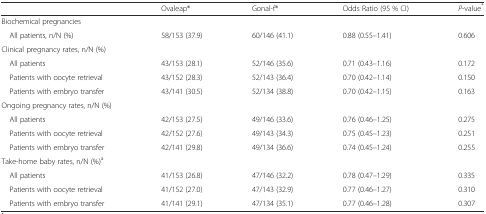
<table><thead><tr><td></td><td><b>Ovaleap®</b></td><td><b>Gonal-f®</b></td><td><b>Odds Ratio (95 % CI)</b></td><td><b><i>P</i>-value<sup>*</sup></b></td></tr></thead><tbody><tr><td>Biochemical pregnancies</td><td></td><td></td><td></td><td></td></tr><tr><td> All patients, n/N (%)</td><td>58/153 (37.9)</td><td>60/146 (41.1)</td><td>0.88 (0.55–1.41)</td><td>0.606</td></tr><tr><td>Clinical pregnancy rates, n/N (%)</td><td></td><td></td><td></td><td></td></tr><tr><td> All patients</td><td>43/153 (28.1)</td><td>52/146 (35.6)</td><td>0.71 (0.43–1.16)</td><td>0.172</td></tr><tr><td> Patients with oocyte retrieval</td><td>43/152 (28.3)</td><td>52/143 (36.4)</td><td>0.70 (0.42–1.14)</td><td>0.150</td></tr><tr><td> Patients with embryo transfer</td><td>43/141 (30.5)</td><td>52/134 (38.8)</td><td>0.70 (0.42–1.15)</td><td>0.163</td></tr><tr><td>Ongoing pregnancy rates, n/N (%)</td><td></td><td></td><td></td><td></td></tr><tr><td> All patients</td><td>42/153 (27.5)</td><td>49/146 (33.6)</td><td>0.76 (0.46–1.25)</td><td>0.275</td></tr><tr><td> Patients with oocyte retrieval</td><td>42/152 (27.6)</td><td>49/143 (34.3)</td><td>0.75 (0.45–1.23)</td><td>0.251</td></tr><tr><td> Patients with embryo transfer</td><td>42/141 (29.8)</td><td>49/134 (36.6)</td><td>0.74 (0.45–1.24)</td><td>0.255</td></tr><tr><td>Take-home baby rates, n/N (%)<sup>a</sup></td><td></td><td></td><td></td><td></td></tr><tr><td> All patients</td><td>41/153 (26.8)</td><td>47/146 (32.2)</td><td>0.78 (0.47–1.29)</td><td>0.335</td></tr><tr><td> Patients with oocyte retrieval</td><td>41/152 (27.0)</td><td>47/143 (32.9)</td><td>0.77 (0.46–1.27)</td><td>0.310</td></tr><tr><td> Patients with embryo transfer</td><td>41/141 (29.1)</td><td>47/134 (35.1)</td><td>0.77 (0.46–1.28)</td><td>0.307</td></tr></tbody></table>